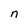
Character: n